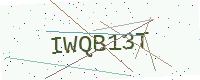
Text: IWQB13T